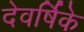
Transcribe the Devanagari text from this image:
देवर्षिके